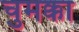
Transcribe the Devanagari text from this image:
चुमक्का